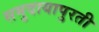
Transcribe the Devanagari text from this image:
समुदायापुरती